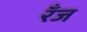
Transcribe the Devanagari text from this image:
रँज